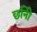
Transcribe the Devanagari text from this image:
छनिी